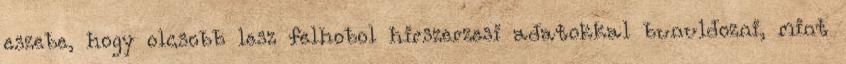
eszebe, hogy olcsobb lesz felhobol hirszerzesi adatokkal bunuldozni, mint